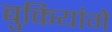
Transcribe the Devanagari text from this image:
बुकियांगे